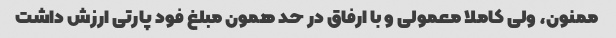
ممنون، ولی کاملا معمولی و با ارفاق در حد همون مبلغ فود پارتی ارزش داشت